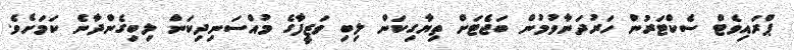
ޕްރައިވެޓް ސެކްޓަރުން ހަރުދަނާވުމުން ބަޖެޓަށް ތިޔާގިކަން ލިބި ވަޒީފާގެ މުއްސަނިދިކަން ލިބިގެންދާނެ ކަމަށެވެ.